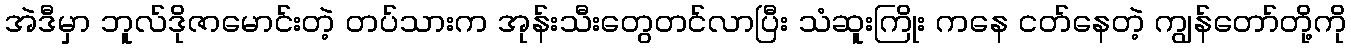
အဲဒီမှာ ဘူလ်ဒိုဇာမောင်းတဲ့ တပ်သားက အုန်းသီးတွေတင်လာပြီး သံဆူးကြိုး ကနေ ငတ်နေတဲ့ ကျွန်တော်တို့ကို